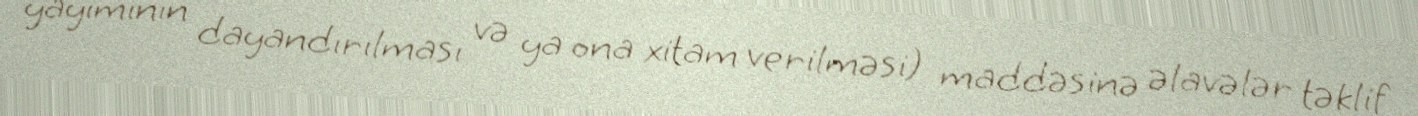
yayımının dayandırılması və ya ona xitam verilməsi) maddəsinə əlavələr təklif